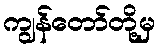
ကျွန်တော်တို့မှ